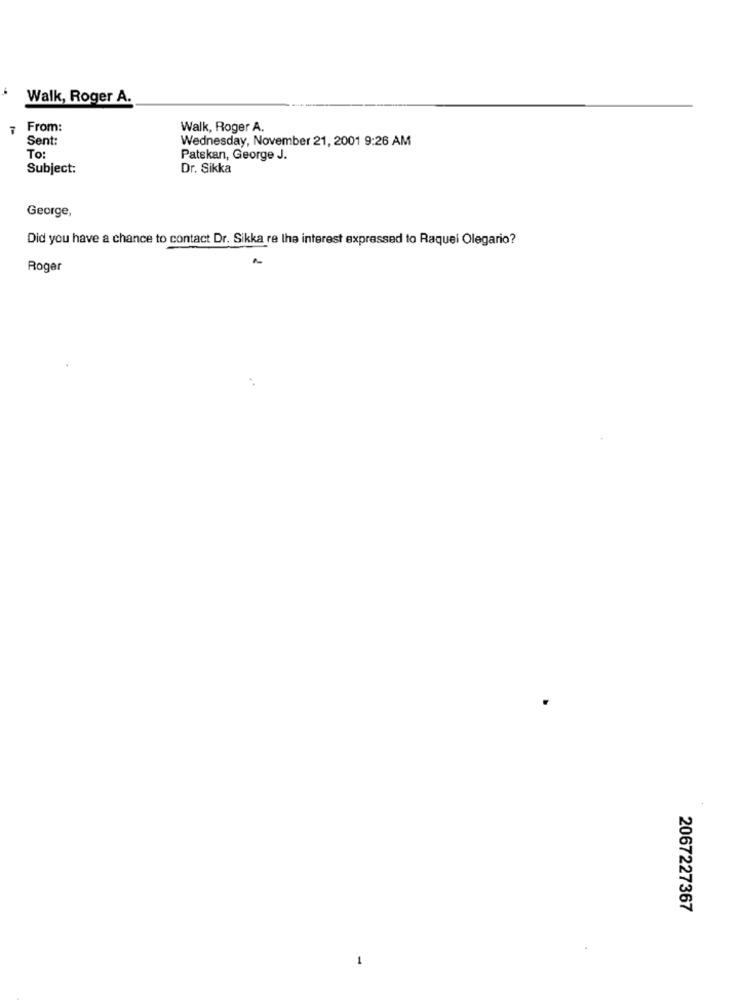
Walk, Roger A.
7
From:
Walk, Roger A.
Sent:
Wednesday, November 21, 2001 9:26 AM
To:
Patskan, George J.
Subject:
Dr. Sikka
George,
Did you have a chance to contact Dr. Sikka re lha interest expressed to Raquel Olegario?
Roger
2067227367